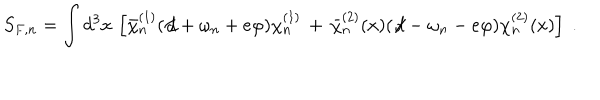
LaTeX: S _ { F , n } = \int d ^ { 3 } x \, \left[ { \bar { \chi } } _ { n } ^ { ( 1 ) } ( \not \! d + \omega _ { n } + e \varphi ) \chi _ { n } ^ { ( 1 ) } \, + \, { \bar { \chi } } _ { n } ^ { ( 2 ) } ( x ) ( \not \! d - \omega _ { n } - e \varphi ) \chi _ { n } ^ { ( 2 ) } ( x ) \right] \; .